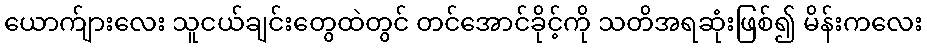
ယောက်ျားလေး သူငယ်ချင်းတွေထဲတွင် တင်အောင်ခိုင့်ကို သတိအရဆုံးဖြစ်၍ မိန်းကလေး